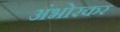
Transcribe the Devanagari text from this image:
अंभोरकर